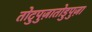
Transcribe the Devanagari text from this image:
तोटुपुज़ातोडुपुज़ा